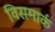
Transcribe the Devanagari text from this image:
विसमार्क